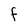
Character: F